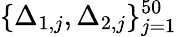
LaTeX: \{ \Delta_{1,j},\Delta_{2,j}\} _{j=1}^{50}